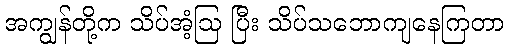
အကျွန်တို့က သိပ်အံ့ဩ ပြီး သိပ်သဘောကျနေကြတာ